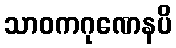
သာဝကဂုဏေနပိ